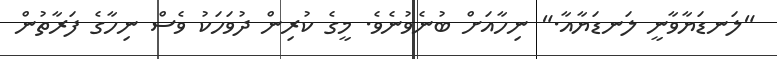
"ލަނޑަޔާވާނީ ލަނޑަޔާއާ." ނިހާއަށް ބުނެވުނެވެ. މީގެ ކުރިން ދުވަހަކު ވެސް ނިހާގެ ފަރާތުން